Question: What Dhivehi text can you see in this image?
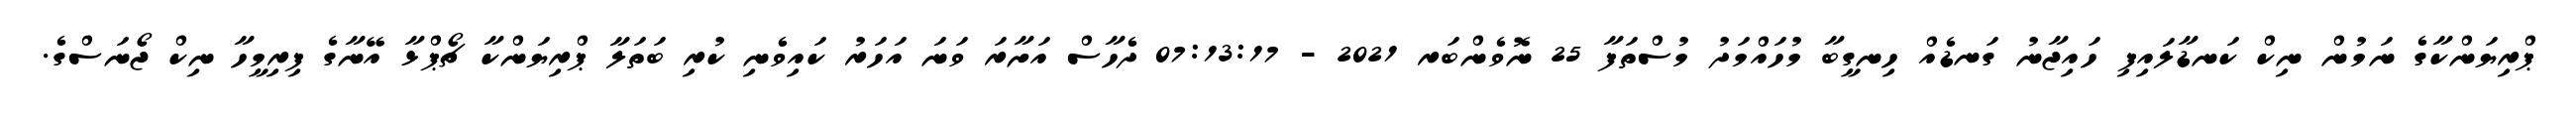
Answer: ޕްރިޔަންކާގެ ނަމުން ނިކް ކަނޑާލައިފި ހައިޖާނު ގަނޑެއް ހިނގީބާ މުހައްމަދު މުސްތަފާ 25 ނޮވެންބަރ 2021 - 07:13:17 ދެހާސް އަށާރަ ވަނަ އަހަރު ކައިވެނި ކުރި ބަތަލާ ޕްރިޔަންކާ ޗޯޕްޅާ އޭނާގެ ފިރިމީހާ ނިކް ޖޯނަސްގެ.